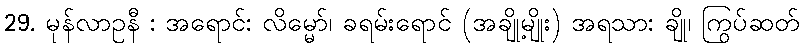
29. မုန်လာဥနီ : အရောင်: လိမ္မော်၊ ခရမ်းရောင် (အချို့မျိုး) အရသာ: ချို၊ ကြွပ်ဆတ်